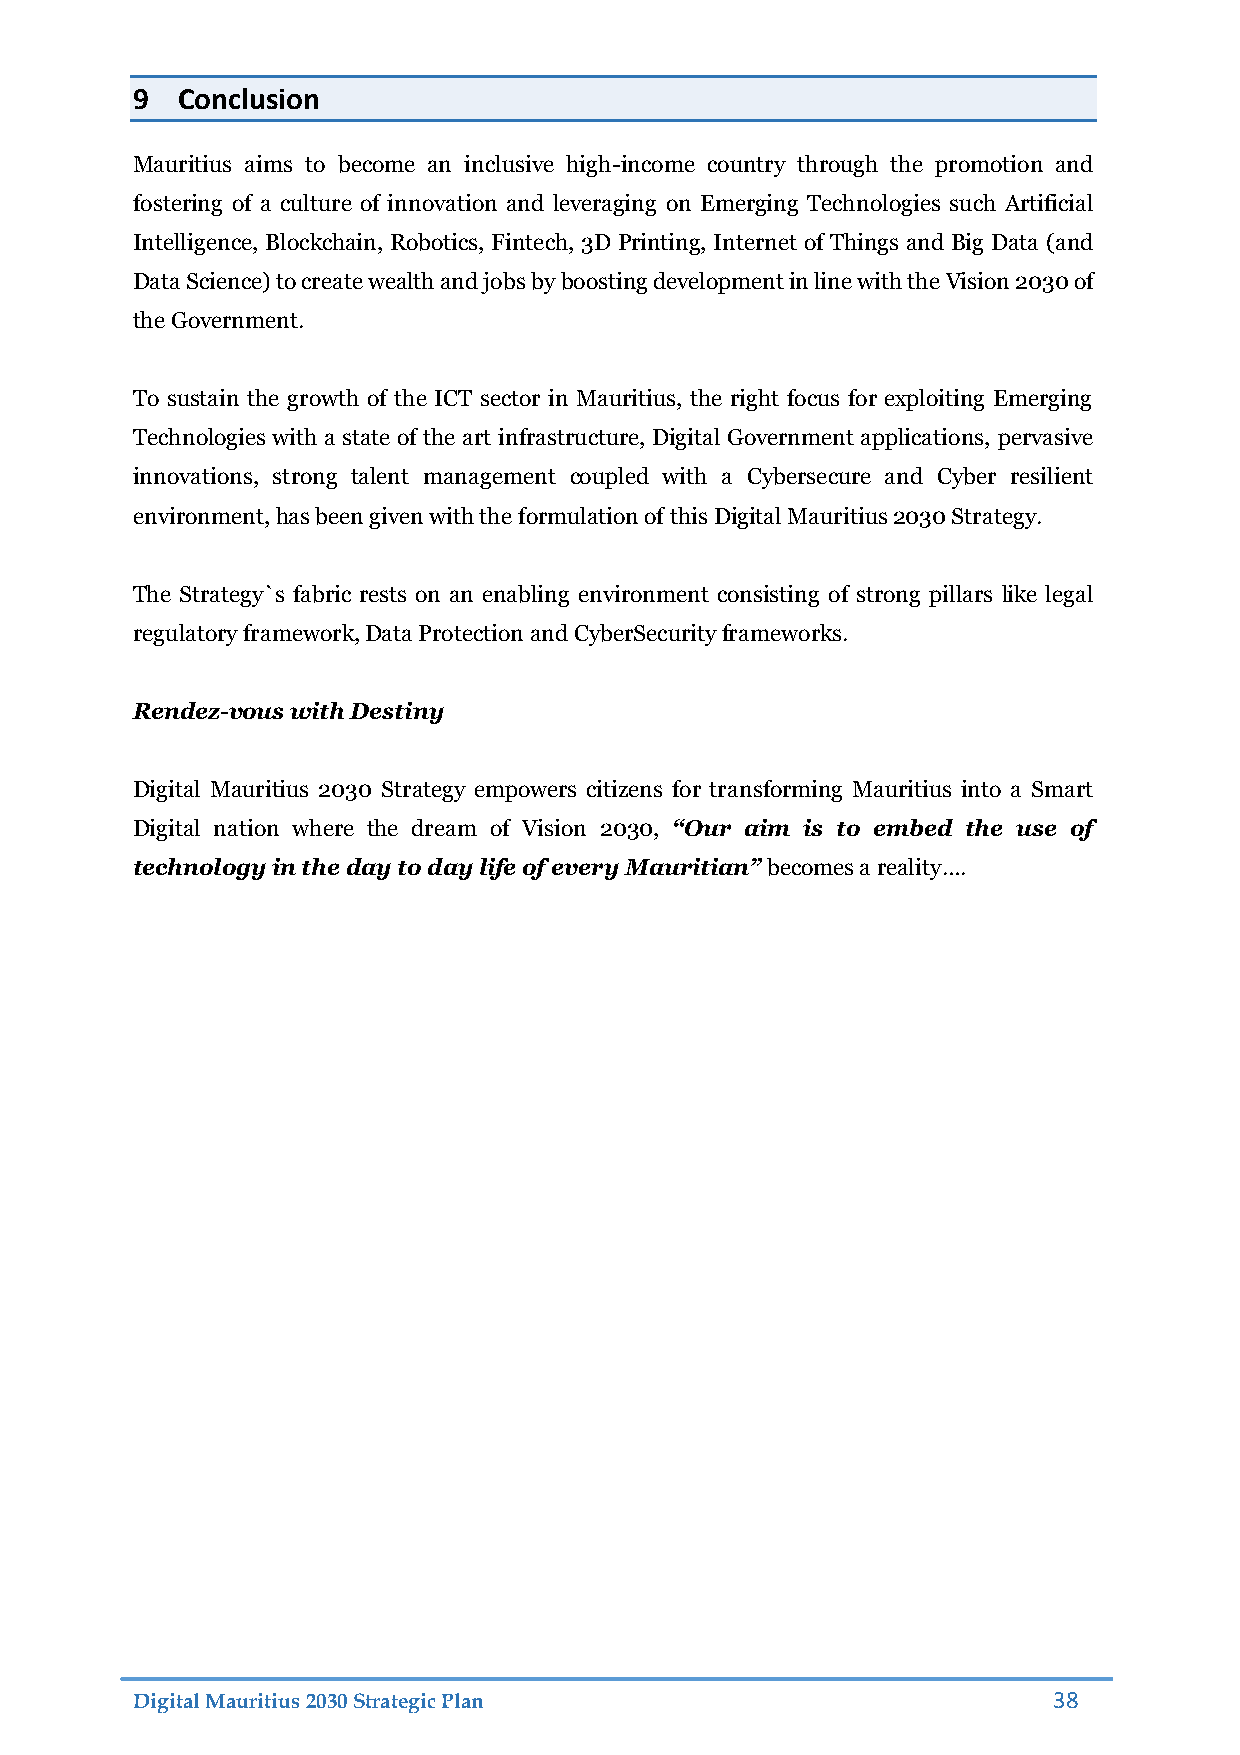
9  Conclusion
 Mauritius aims to become an inclusive high-income country through the promotion and
 fostering of a culture of innovation and leveraging on Emerging Technologies such Artificial
 Intelligence, Blockchain, Robotics, Fintech, 3D Printing, Internet of Things and Big Data (and
 Data Science) to create wealth and jobs by boosting development in line with the Vision 2030 of
 the Government.
 To sustain the growth of the ICT sector in Mauritius, the right focus for exploiting Emerging
 Technologies with a state of the art infrastructure, Digital Government applications, pervasive
 innovations, strong talent management coupled with a Cybersecure and Cyber resilient
 environment, has been given with the formulation of this Digital Mauritius 2030 Strategy.
 The Strategy`s fabric rests on an enabling environment consisting of strong pillars like legal
 regulatory framework, Data Protection and CyberSecurity frameworks.
 Rendez-vous with Destiny
 Digital Mauritius 2030 Strategy empowers citizens for transforming Mauritius into a Smart
 Digital nation where the dream of Vision 2030, “Our aim is to embed the use of
 technology in the day to day life of every Mauritian” becomes a reality….
 Digital Mauritius 2030 Strategic Plan                        38